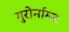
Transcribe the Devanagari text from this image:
गुरोर्नाम्नः